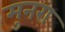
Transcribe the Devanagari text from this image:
मुनरा